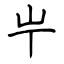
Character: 𡴶